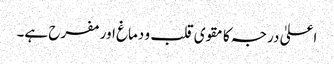
اعلیٰ درجہ کا مقوی قلب و دماغ اور مفرح ہے۔